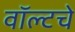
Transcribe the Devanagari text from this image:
वॉल्टचे